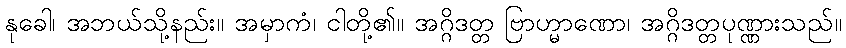
နုခေါ၊ အဘယ်သို့နည်း။ အမှာကံ၊ ငါတို့၏။ အဂ္ဂိဒတ္တ ဗြာဟ္မာဏော၊ အဂ္ဂိဒတ္တပုဏ္ဏားသည်။